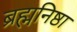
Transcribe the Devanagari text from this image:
ब्रह्मनिष्ठा